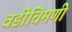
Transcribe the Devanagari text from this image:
वडीचिमणी